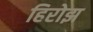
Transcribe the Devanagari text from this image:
हिरोझ